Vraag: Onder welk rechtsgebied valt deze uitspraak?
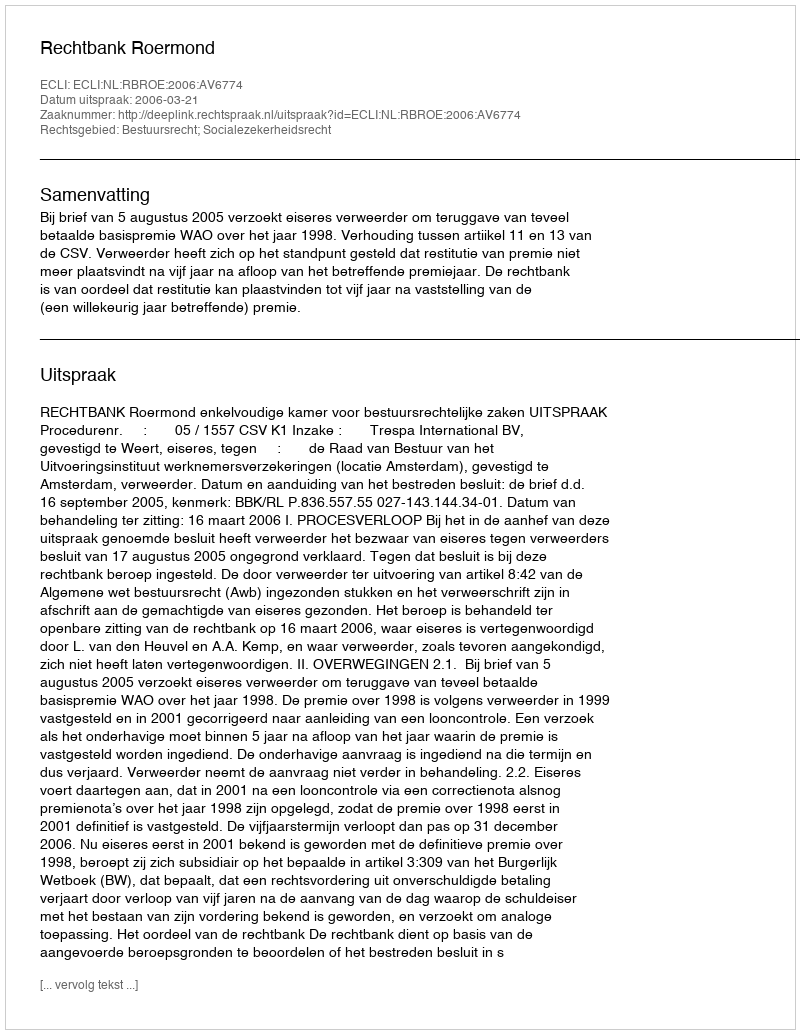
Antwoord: Bestuursrecht; Socialezekerheidsrecht